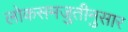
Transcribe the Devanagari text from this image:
लोकसमजुतीनुसार